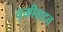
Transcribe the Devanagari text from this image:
युक्तीवादच